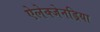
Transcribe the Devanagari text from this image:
ऐलेक्जेनड्रिया